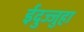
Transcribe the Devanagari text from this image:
ईदुज्जुहा